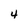
Character: 4